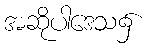
အဆိုပါဒေသ၌